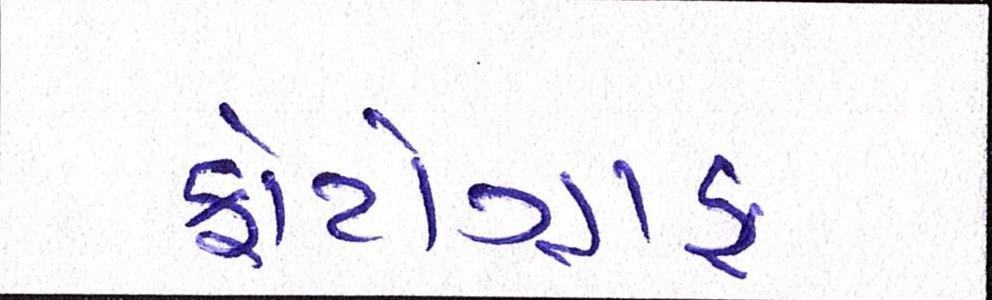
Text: ફોટોગ્રાફ